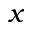
\boldsymbol { x }